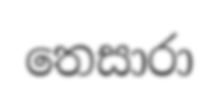
තෙසාරා